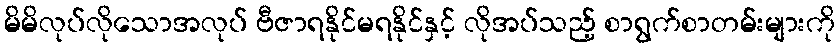
မိမိလုပ်လိုသောအလုပ် ဗီဇာရနိုင်မရနိုင်နှင့် လိုအပ်သည့် စာရွက်စာတမ်းများကို